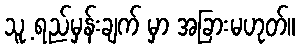
သူ့ ရည်မှန်းချက် မှာ အခြားမဟုတ်။